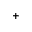
^ +